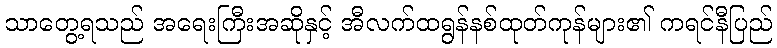
သာတွေ့ရသည် အရေးကြီးအဆိုနှင့် အီလက်ထရွန်နစ်ထုတ်ကုန်များ၏ ကရင်နီပြည်